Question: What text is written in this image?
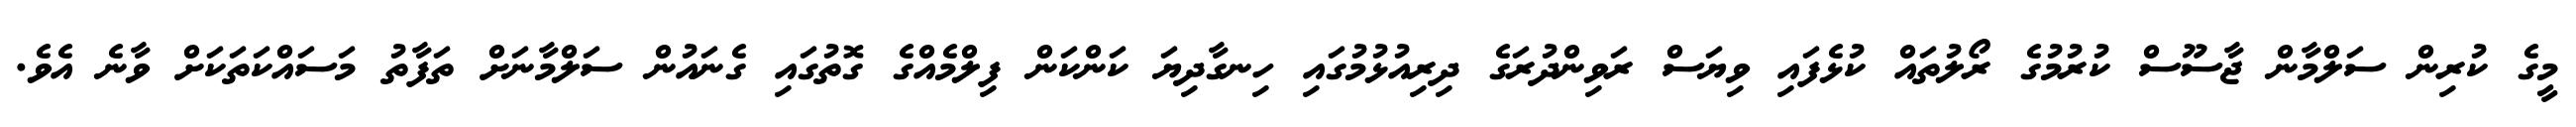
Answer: މީގެ ކުރިން ސަލްމާން ޖާސޫސް ކުރުމުގެ ރޯލުތައް ކުޅެފައި ވިޔަސް ރަވިންދުރަގެ ދިރިއުޅުމުގައި ހިނގާދިޔަ ކަންކަން ފިލްމެއްގެ ގޮތުގައި ގެނައުން ސަލްމާނަށް ތަފާތު މަސައްކަތަކަށް ވާނެ އެވެ.